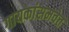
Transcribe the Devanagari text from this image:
गायकांसमवेत